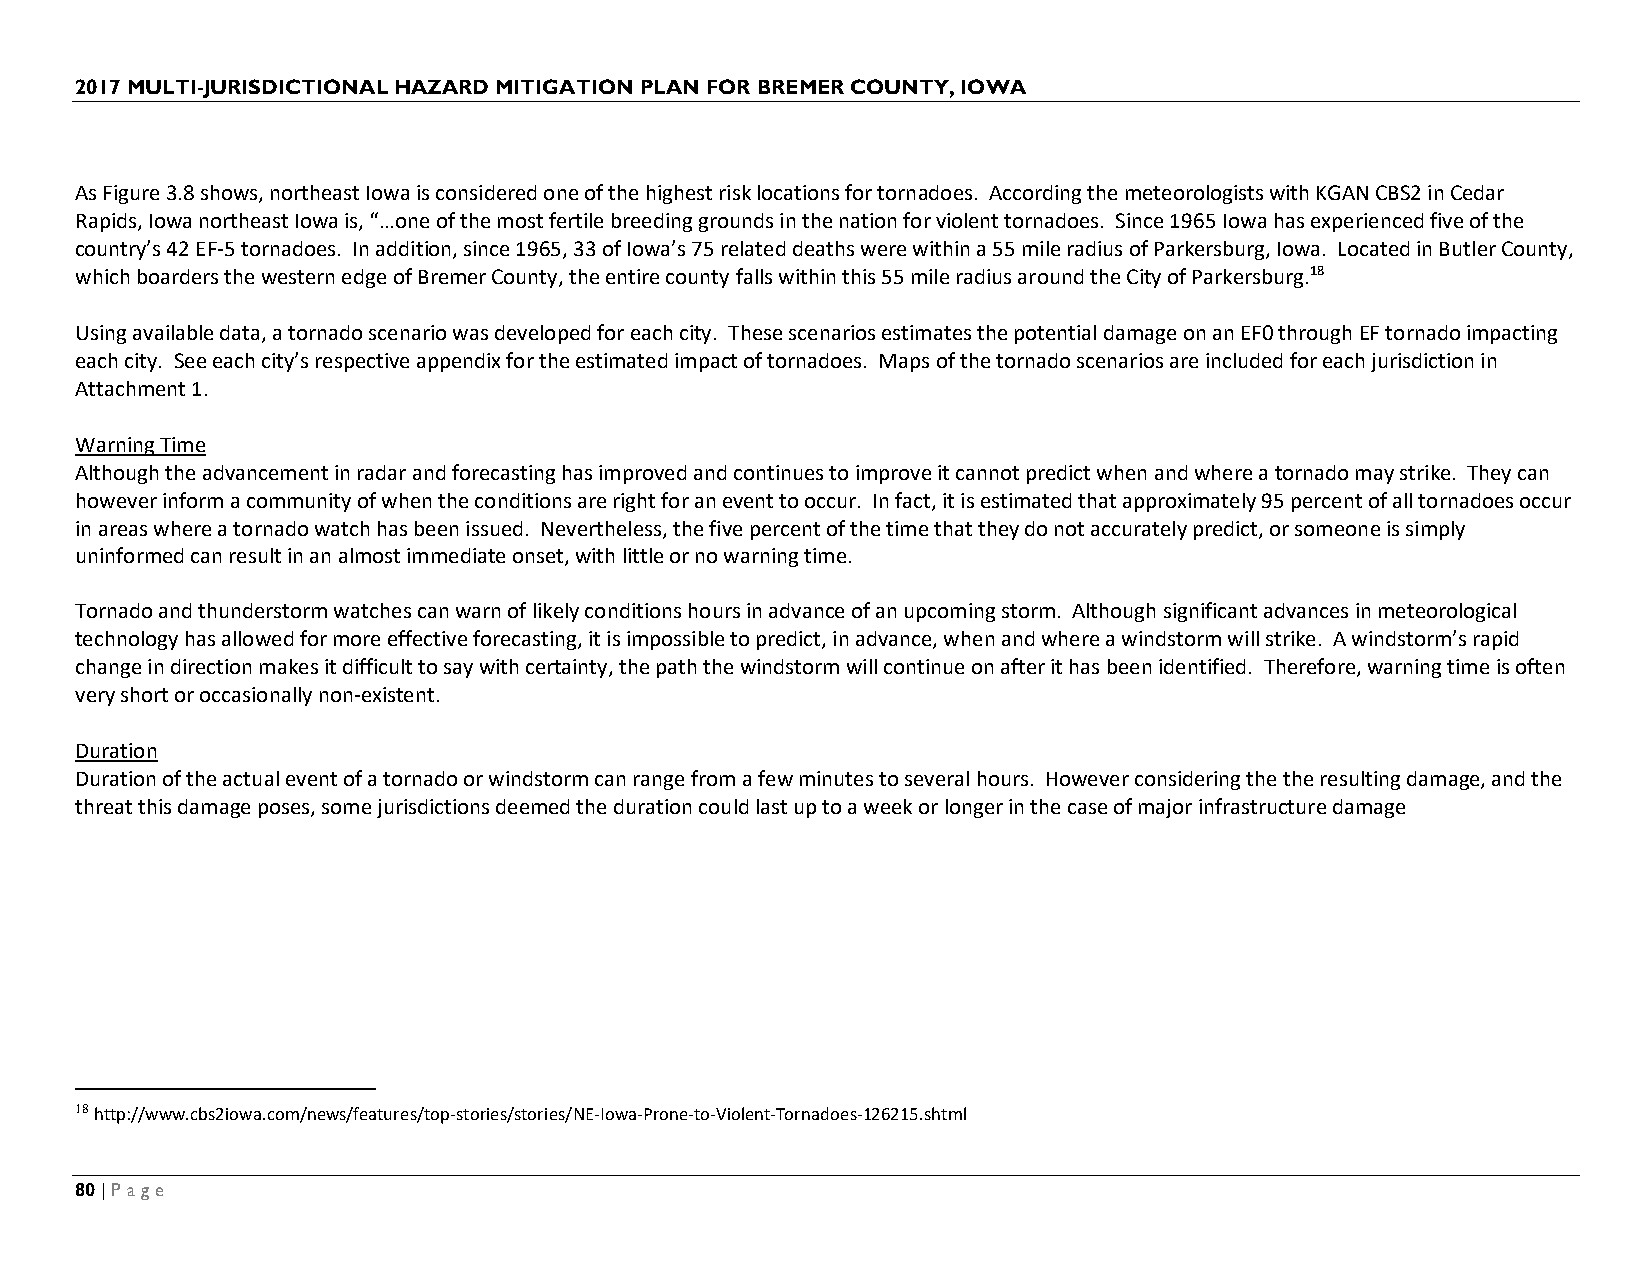
2017 MULTI-JURISDICTIONAL HAZARD MITIGATION PLAN FOR BREMER COUNTY, IOWA
 As Figure 3.8 shows, northeast Iowa is considered one of the highest risk locations for tornadoes. According the meteorologists with KGAN CBS2 in Cedar
 Rapids, Iowa northeast Iowa is, “…one of the most fertile breeding grounds in the nation for violent tornadoes. Since 1965 Iowa has experienced five of the
 country’s 42 EF-5 tornadoes. In addition, since 1965, 33 of Iowa’s 75 related deaths were within a 55 mile radius of Parkersburg, Iowa. Located in Butler County,
 which boarders the western edge of Bremer County, the entire county falls within this 55 mile radius around the City of Parkersburg.18
 Using available data, a tornado scenario was developed for each city. These scenarios estimates the potential damage on an EF0 through EF tornado impacting
 each city. See each city’s respective appendix for the estimated impact of tornadoes. Maps of the tornado scenarios are included for each jurisdiction in
 Attachment 1.
 Warning Time
 Although the advancement in radar and forecasting has improved and continues to improve it cannot predict when and where a tornado may strike. They can
 however inform a community of when the conditions are right for an event to occur. In fact, it is estimated that approximately 95 percent of all tornadoes occur
 in areas where a tornado watch has been issued. Nevertheless, the five percent of the time that they do not accurately predict, or someone is simply
 uninformed can result in an almost immediate onset, with little or no warning time.
 Tornado and thunderstorm watches can warn of likely conditions hours in advance of an upcoming storm. Although significant advances in meteorological
 technology has allowed for more effective forecasting, it is impossible to predict, in advance, when and where a windstorm will strike. A windstorm’s rapid
 change in direction makes it difficult to say with certainty, the path the windstorm will continue on after it has been identified. Therefore, warning time is often
 very short or occasionally non-existent.
 Duration
 Duration of the actual event of a tornado or windstorm can range from a few minutes to several hours. However considering the the resulting damage, and the
 threat this damage poses, some jurisdictions deemed the duration could last up to a week or longer in the case of major infrastructure damage
 18 http://www.cbs2iowa.com/news/features/top-stories/stories/NE-Iowa-Prone-to-Violent-Tornadoes-126215.shtml
 80 | Page